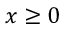
x \geq 0